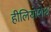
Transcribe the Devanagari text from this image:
हीलियोशेथ